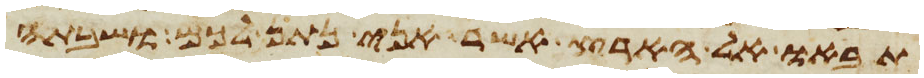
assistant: תבאו אל הארץ אשר אני נתן לכם ושבתה